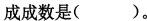
成成数是()。